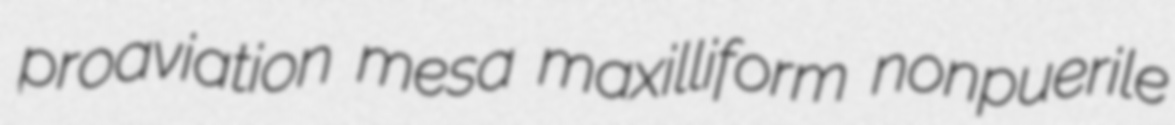
proaviation mesa maxilliform nonpuerile